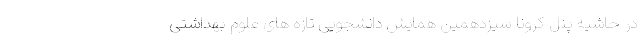
در حاشیه پنل کرونا سیزدهمین همایش دانشجویی تازه های علوم بهداشتی